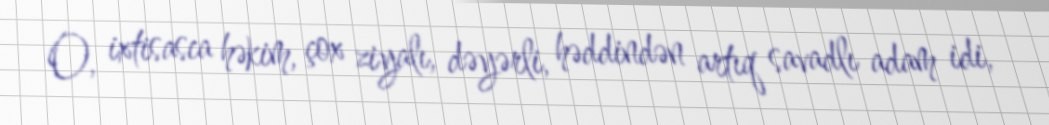
O, ixtisasca həkim, çox ziyalı, dəyərli, həddindən artıq savadlı adam idi,